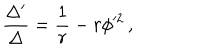
\frac { \Delta ^ { \prime } } { \Delta } = \frac { 1 } { r } - r \phi ^ { 2 } \, ,